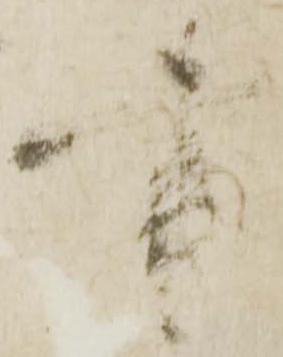
書